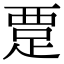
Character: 𬦭